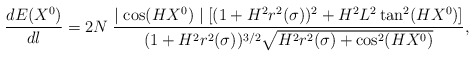
\begin{align*}\frac{dE(X^0)}{dl}=2N\;\frac{\mid\cos(HX^0)\mid[(1+H^2r^2(\sigma))^2+H^2L^2\tan^2(HX^0)]}{(1+H^2r^2(\sigma))^{3/2}\sqrt{H^2r^2(\sigma)+\cos^2(HX^0)}},\end{align*}